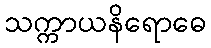
သက္ကာယနိရောဓေ